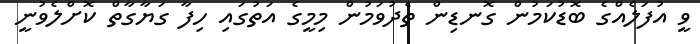
ވީ އުފަލެއްގެ ބޮޑުކަމުން ގޮނޑިން ތެދުވަމުން މިމީގެ އަތުގައި ހިފާ ގަޔާގާތް ކޮށްލެވުނީ